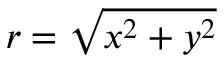
r = \sqrt { x ^ { 2 } + y ^ { 2 } }